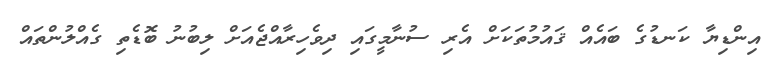
އިންޑިޔާ ކަނޑުގެ ބައެއް ޤައުމުތަކަށް އެރި ސުނާމީގައި ދިވެހިރާއްޖެއަށް ލިބުނު ބޮޑެތި ގެއްލުންތައް